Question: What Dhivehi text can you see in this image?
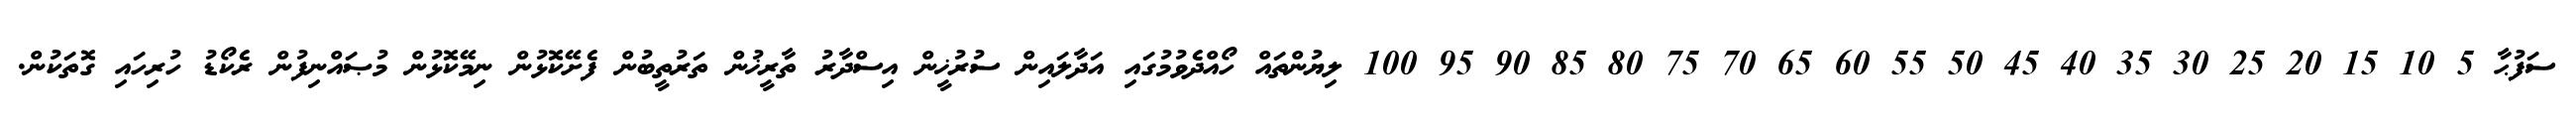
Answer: ސަފުޙާ 5 10 15 20 25 30 35 40 45 50 55 60 65 70 75 80 85 90 95 100 ލިޔުންތައް ހޯއްދެވުމުގައި އަދާލައިން ސުރުޚީން އިސްދާރު ތާރީޚުން ތަރުތީބުން ފެށޭކޮޅުން ނިމޭކޮޅުން މުޞައްނިފުން ރެކޯޑު ހުރިހައި ގޮތަކުން.